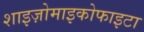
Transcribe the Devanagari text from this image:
शाइज़ोमाइकोफाइटा